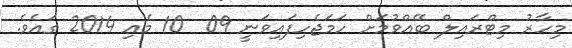
މިހާރު މިޓްރައިލް ބޭއްވުމަށް ހަމަޖެހިފައިވަނީ 09  10 މެއި 2014 ގައެވެ.